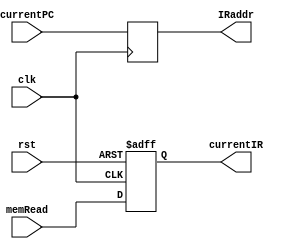
module instructionReader (
  input clk, rst,
  input [15:0] currentPC,
  input [15:0] memRead,
  output reg [15:0] IRaddr,
  output reg [15:0] currentIR
);

always @ (negedge clk)
  IRaddr = currentPC;

always @ (negedge rst or posedge clk)
  if (!rst)
    currentIR = 16'h0800;// nop
  else
    currentIR = memRead;

endmodule